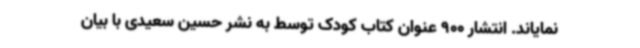
‌نمایاند. انتشار 900 عنوان کتاب کودک توسط به نشر حسین سعیدی با بیان